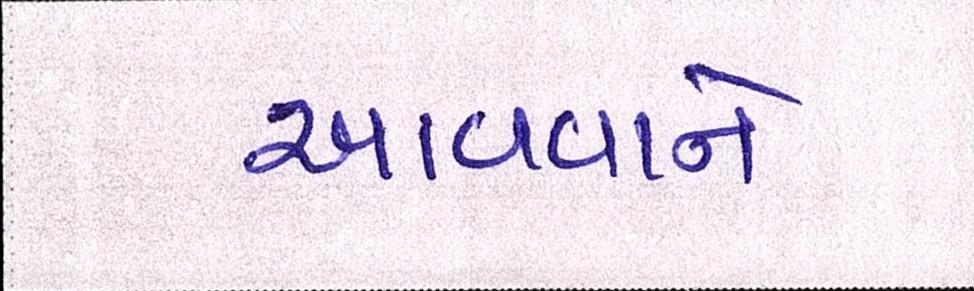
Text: આવવાને